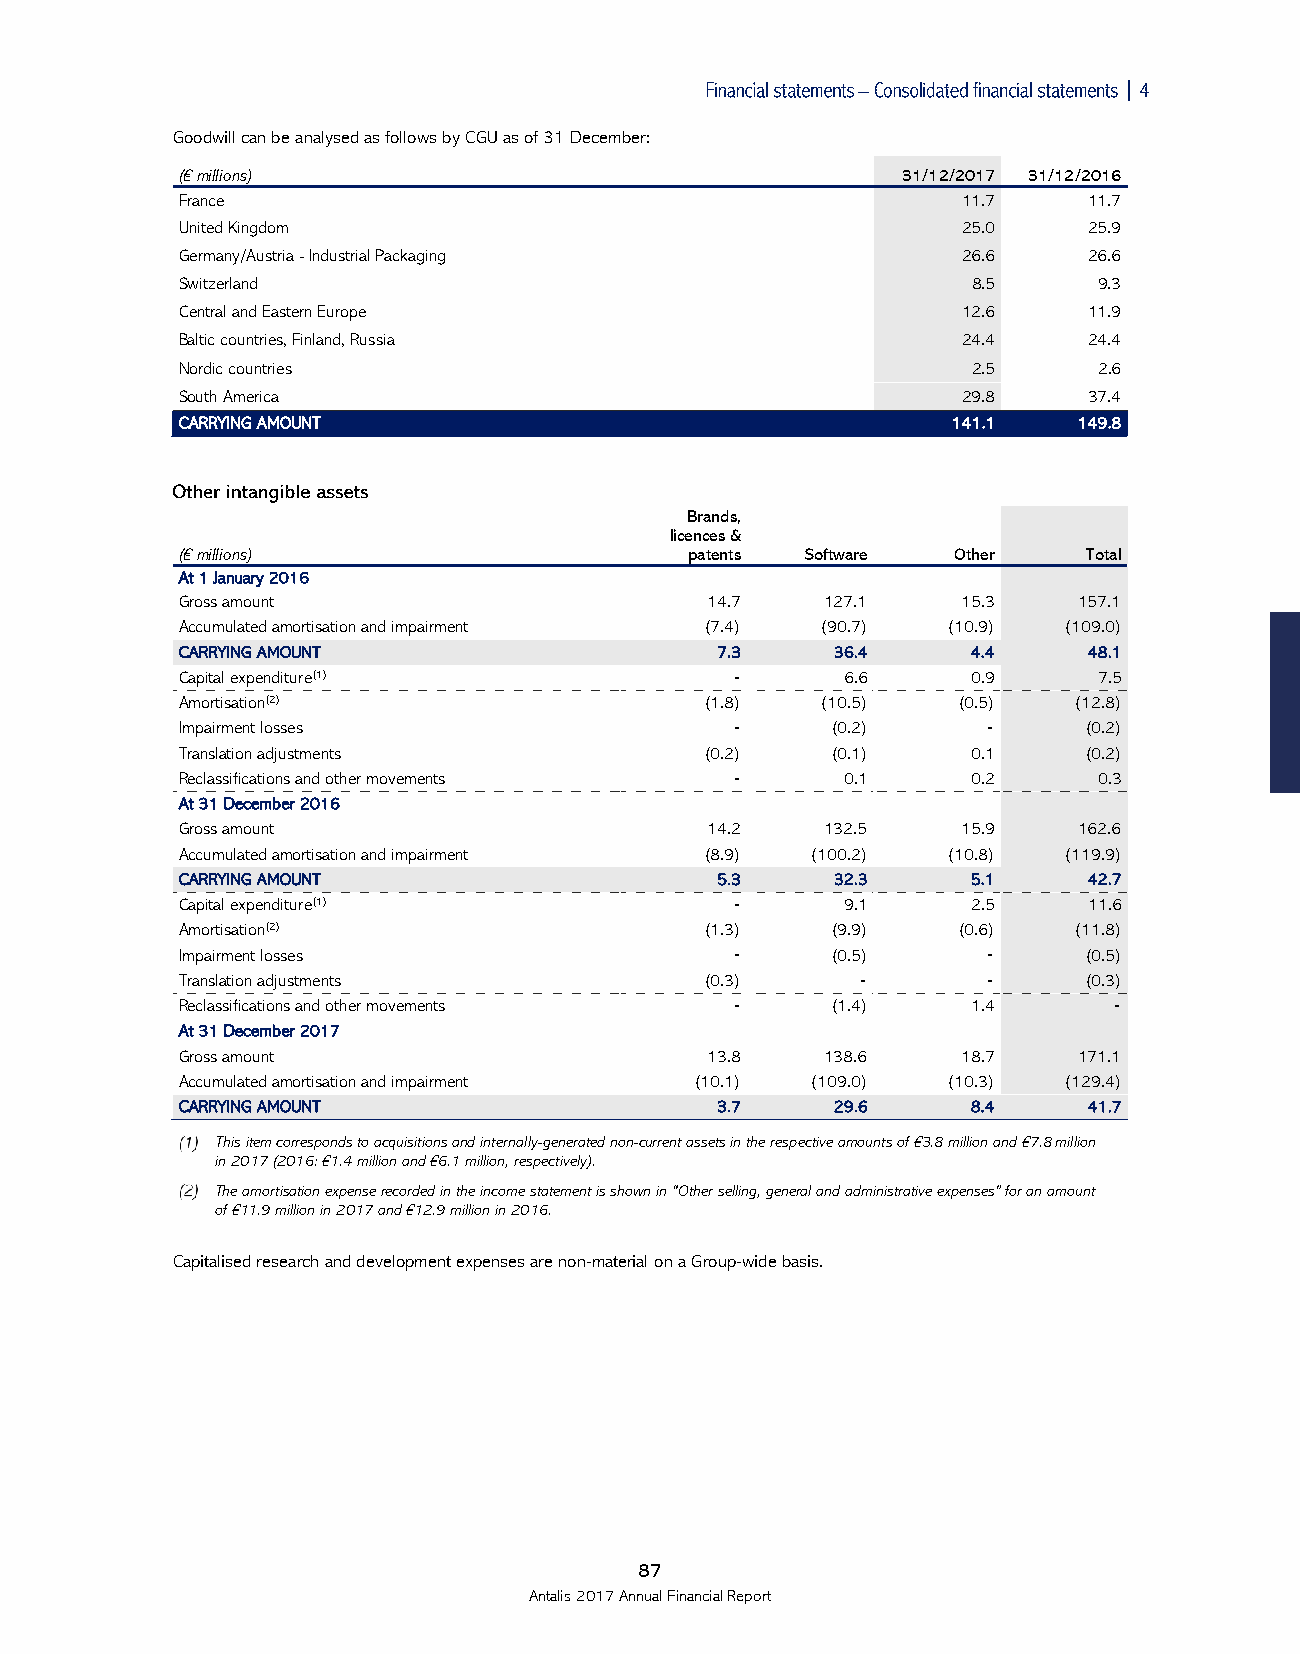

 Goodwill can be analysed as follows by CGU as of 31 December:
 (€ millions)                                    31/12/2017 31/12/2016
 France                                              11.7    11.7
 United Kingdom                                      25.0    25.9
 Germany/Austria - Industrial Packaging              26.6    26.6
 Switzerland                                         8.5      9.3
 Central and Eastern Europe                          12.6    11.9
 Baltic countries, Finland, Russia                   24.4    24.4
 Nordic countries                                    2.5      2.6
 South America                                       29.8    37.4
 CARRYING AMOUNT                                    141.1   149.8
 Brands,
 licences &
 (€ millions)                      patents Software Other    Total
 At 1 January 2016
 Gross amount                       14.7    127.1    15.3   157.1
 Accumulated amortisation and impairment (7.4) (90.7) (10.9) (109.0)
 CARRYING AMOUNT                    7.3     36.4     4.4     48.1
 Capital expenditure(1)              ‑       6.6     0.9      7.5
 Amortisation(2)                    (1.8)  (10.5)   (0.5)   (12.8)
 Impairment losses                   ‑      (0.2)     ‑      (0.2)
 Translation adjustments            (0.2)   (0.1)    0.1     (0.2)
 Reclassifications and other movements ‑     0.1     0.2      0.3
 At 31 December 2016
 Gross amount                       14.2    132.5    15.9   162.6
 Accumulated amortisation and impairment (8.9) (100.2) (10.8) (119.9)
 CARRYING AMOUNT                    5.3     32.3     5.1     42.7
 Capital expenditure(1)              ‑       9.1     2.5     11.6
 Amortisation(2)                    (1.3)   (9.9)   (0.6)   (11.8)
 Impairment losses                   ‑      (0.5)     ‑      (0.5)
 Translation adjustments            (0.3)     ‑       ‑      (0.3)
 Reclassifications and other movements ‑    (1.4)    1.4       ‑
 At 31 December 2017
 Gross amount                       13.8    138.6    18.7   171.1
 Accumulated amortisation and impairment (10.1) (109.0) (10.3) (129.4)
 CARRYING AMOUNT                    3.7     29.6     8.4     41.7
 This item corresponds to acquisitions and internally-generated non-current assets in the respective amounts of €3.8 million and €7.8 million
 in 2017 (2016: €1.4 million and €6.1 million, respectively).
 The amortisation expense recorded in the income statement is shown in “Other selling, general and administrative expenses” for an amount
 of €11.9 million in 2017 and €12.9 million in 2016.
 Capitalised research and development expenses are non-material on a Group-wide basis.
 87
 Antalis 2017 Annual Financial Report